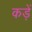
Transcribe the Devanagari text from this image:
कड़ें